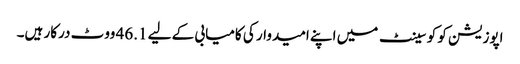
اپوزیشن کو کو سینٹ میں اپنے امیدوار کی کامیابی کے لیے 46.1 ووٹ درکار ہیں۔